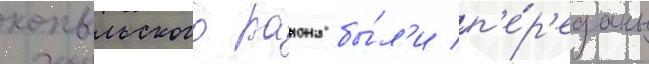
копыльского раиона бы́л'и п'е́р'еданы